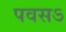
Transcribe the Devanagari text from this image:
पवसऽ